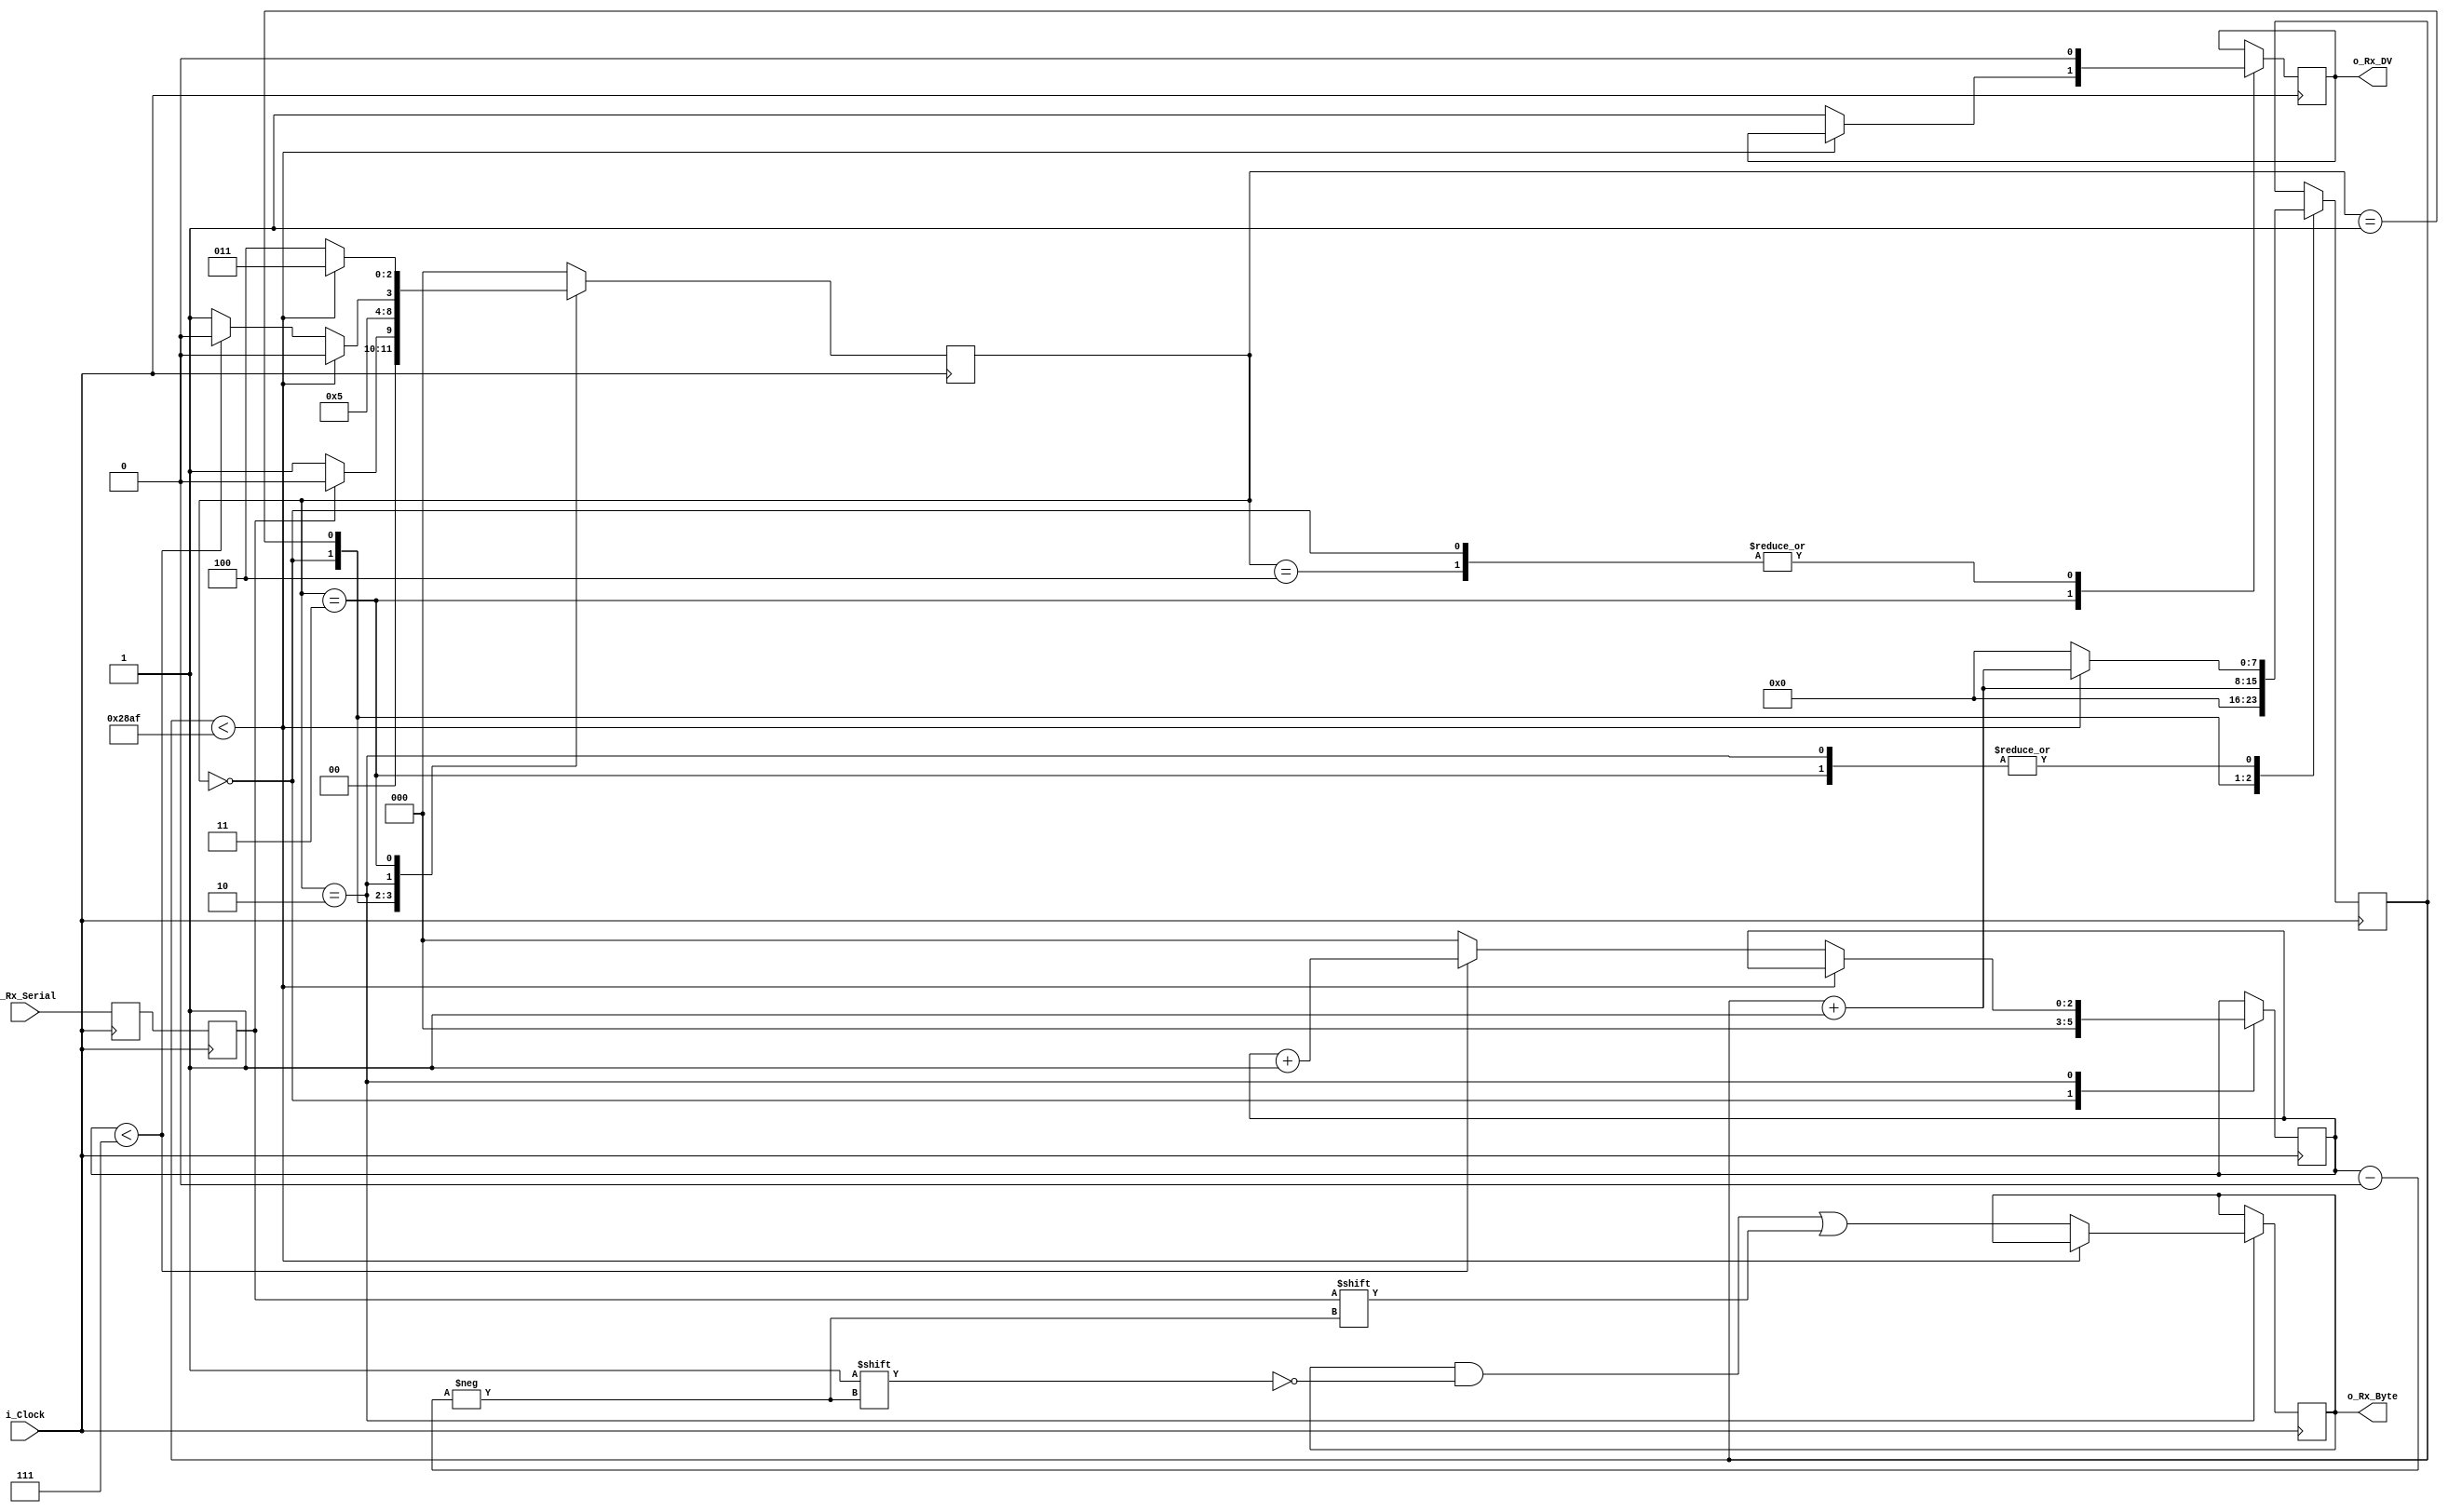
//-----uart rx------
`timescale 1ns / 1ps

module uart_rx 
  #(parameter CLKS_PER_BIT = 10416)
  (
   input        i_Clock,
   input        i_Rx_Serial,
   output       o_Rx_DV,
   output [7:0] o_Rx_Byte
   );
    
  parameter s_IDLE         = 3'b000;
  parameter s_RX_START_BIT = 3'b001;
  parameter s_RX_DATA_BITS = 3'b010;
  parameter s_RX_STOP_BIT  = 3'b011;
  parameter s_CLEANUP      = 3'b100;
   
  reg           r_Rx_Data_R = 1'b1;
  reg           r_Rx_Data   = 1'b1;
   
  reg [7:0]     r_Clock_Count = 0;
  reg [2:0]     r_Bit_Index   = 0; //8 bits total
  reg [7:0]     r_Rx_Byte     = 0;
  reg           r_Rx_DV       = 0;
  reg [2:0]     r_SM_Main     = 0;
   
  // Purpose: Double-register the incoming data.
  // This allows it to be used in the UART RX Clock Domain.
  // (It removes problems caused by metastability)
  always @(posedge i_Clock)
    begin
      r_Rx_Data_R <= i_Rx_Serial;
      r_Rx_Data   <= r_Rx_Data_R;
    end
   
   
  // Purpose: Control RX state machine
  always @(posedge i_Clock)
    begin
       
      case (r_SM_Main)
        s_IDLE :
          begin
            r_Rx_DV       <= 1'b0;
            r_Clock_Count <= 0;
            r_Bit_Index   <= 0;
             
            if (r_Rx_Data == 1'b0)          // Start bit detected
              r_SM_Main <= s_RX_START_BIT;
            else
              r_SM_Main <= s_IDLE;
          end
         
        // Check middle of start bit to make sure it's still low
        s_RX_START_BIT :
          begin
            if (r_Clock_Count == (CLKS_PER_BIT-1)/2)
              begin
                if (r_Rx_Data == 1'b0)
                  begin
                    r_Clock_Count <= 0;  // reset counter, found the middle
                    r_SM_Main     <= s_RX_DATA_BITS;
                  end
                else
                  r_SM_Main <= s_IDLE;
              end
            else
              begin
                r_Clock_Count <= r_Clock_Count + 1;
                r_SM_Main     <= s_RX_START_BIT;
              end
          end // case: s_RX_START_BIT
         
         
        // Wait CLKS_PER_BIT-1 clock cycles to sample serial data
        s_RX_DATA_BITS :
          begin
            if (r_Clock_Count < CLKS_PER_BIT-1)
              begin
                r_Clock_Count <= r_Clock_Count + 1;
                r_SM_Main     <= s_RX_DATA_BITS;
              end
            else
              begin
                r_Clock_Count          <= 0;
                r_Rx_Byte[r_Bit_Index] <= r_Rx_Data;
                 
                // Check if we have received all bits
                if (r_Bit_Index < 7)
                  begin
                    r_Bit_Index <= r_Bit_Index + 1;
                    r_SM_Main   <= s_RX_DATA_BITS;
                  end
                else
                  begin
                    r_Bit_Index <= 0;
                    r_SM_Main   <= s_RX_STOP_BIT;
                  end
              end
          end // case: s_RX_DATA_BITS
     
     
        // Receive Stop bit.  Stop bit = 1
        s_RX_STOP_BIT :
          begin
            // Wait CLKS_PER_BIT-1 clock cycles for Stop bit to finish
            if (r_Clock_Count < CLKS_PER_BIT-1)
              begin
                r_Clock_Count <= r_Clock_Count + 1;
                r_SM_Main     <= s_RX_STOP_BIT;
              end
            else
              begin
                r_Rx_DV       <= 1'b1;
                r_Clock_Count <= 0;
                r_SM_Main     <= s_CLEANUP;
              end
          end // case: s_RX_STOP_BIT
     
         
        // Stay here 1 clock
        s_CLEANUP :
          begin
            r_SM_Main <= s_IDLE;
            r_Rx_DV   <= 1'b0;
          end
         
         
        default :
          r_SM_Main <= s_IDLE;
         
      endcase
    end   
   
  assign o_Rx_DV   = r_Rx_DV;
  assign o_Rx_Byte = r_Rx_Byte;
   
endmodule